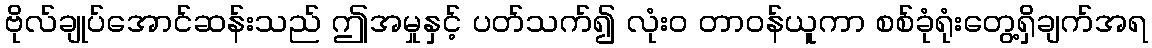
ဗိုလ်ချုပ်အောင်ဆန်းသည် ဤအမှုနှင့် ပတ်သက်၍ လုံးဝ တာဝန်ယူကာ စစ်ခုံရုံးတွေ့ရှိချက်အရ